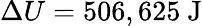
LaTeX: \Delta U=506,625{\mathrm{~J}}